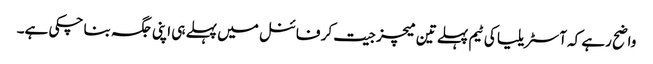
واضح رہے کہ آسٹریلیا کی ٹیم پہلے تین میچز جیت کر فائنل میں پہلے ہی اپنی جگہ بنا چکی ہے۔